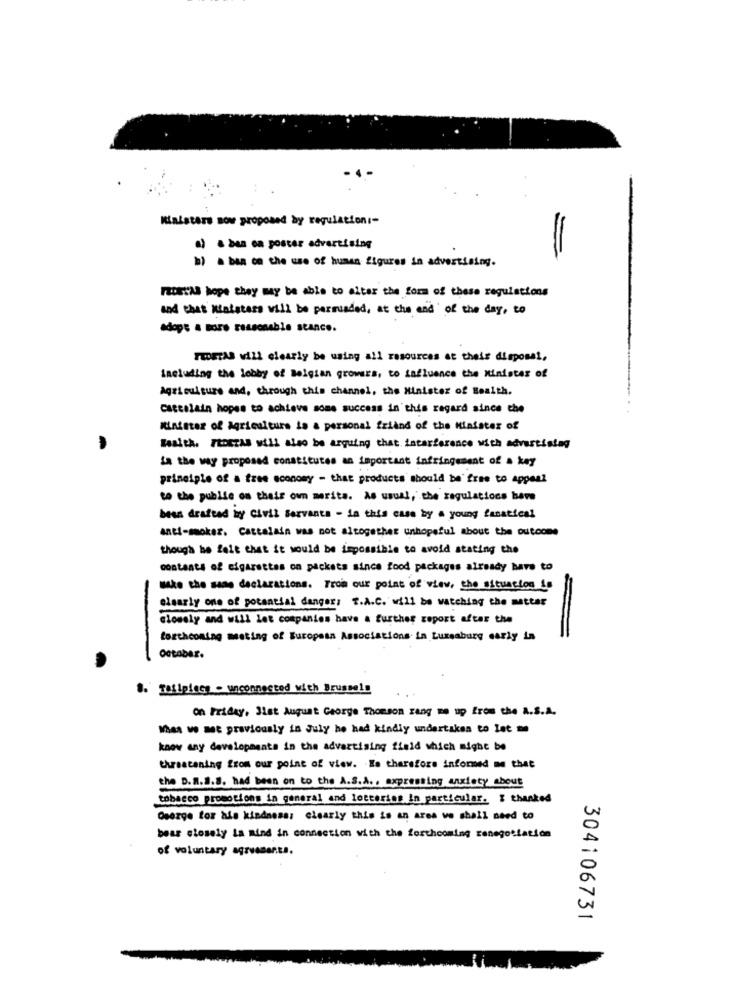
Ministers Bow proposed by regulation :-
a) . ba ea poster advertising
b) a ban on the use of human figures in advertising.
=
IDEIAS hope they may be able to alter the form of these regulations
and that Miatstars will be persuaded, at the end' of the day, to
adops a more reasonable stance.
PISTAS will clearly be using all resources at theis disposal,
Including the lobby of Belgian growers, to influence the Minister of
Agriculture and, through this channel, the Minister of Health.
cattelain hopes to achieve some success in this regard since the
Minister of Agriculture is & personal friand of the Minister of
Baaith. FEDEZAS will also be arguing that interference with advertising
La the way proposed constitutes an important infringement of a key
principle of a free economy - that products should be'free to appeal
to the public on their own merita. As usual, the regulations have
been drafted hy Civil Servants - in this case by a young fanatical
anti-moker. Cattalain was not altogether Unhopeful about the outcome
though he felt that it would be impossible to avoid stating the
contents of cigarettes on packets since food packages already have to
Make the same declarations. From our point of view, the situation is
-
clearly one of potential danger; T.A.C. will be watching the matter
closely and will let companies have a further report after the
=
forthcoming meeting of European Associations in Luxemburg early in
October.
8. Tailpiece - unconnected with Brussels
on Friday, 3let August George Thomson zang me up from the A.S.A.
When we met previously in July he had kindly undertaken to let
know any developments in the advertising field which might be
threatening from our point of view. Is therefore informed me that
the D. R.S.8. had been on to the A.S.A ., axpressing anxiety about
tobacco promotions in general and lotteries in particular. I thanked
Oserge for his kindness: clearly this is an area ve shall need to
bear closely ia mind in connection with the forthcoming renegotiation
of voluntary agruenents.
304106731